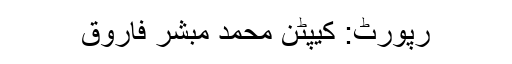
رپورٹ: کیپٹن محمد مبشر فاروق